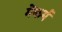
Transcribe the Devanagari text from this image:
मेंकर्म